Report on the working of the Ranchi Indian Mental Hospital, Kanke, in Bihar and Orissa - 1930-1940
Year: 1930
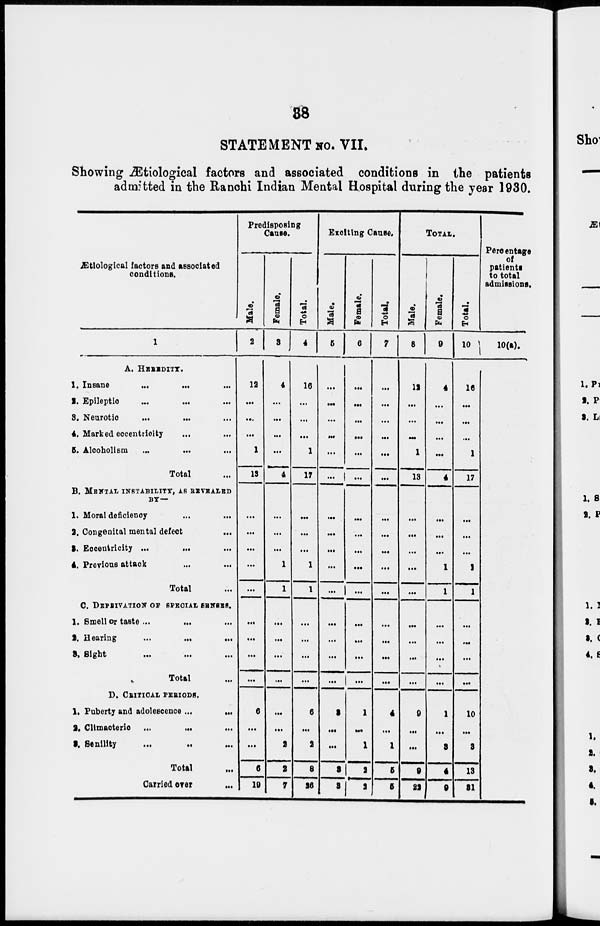
38
STATEMENT No. VII.
Showing Ætiological factors and associated conditions in the patients
admitted in the Ranchi Indian Mental Hospital during the year 1930.
Ætiological factors and associated
conditions.
1
A. HERIDITY.
1. Insane
...
...
...
2. Epileptic ... ... ...
3. Neurotic ... ... ...
4. Marked eccentricity ... ...
5. Alcoholism
...
...
...
Total ...
B. MENTAL INSTABILITY, AS REVEALED
BY —
1. Moral deficiency
...
...
2. Congenital mental defect ...
3. Eccentricity ...
... ...
4. Previous attack
...
...
Total ...
C. DEPRIVATION OF SPECIAL SENSES.
1. Smell or taste ...
... ...
2. Hearing
...
... ...
3. Sight
...
...
...
Total ...
D. CRITICAL PERIODS.
1. Puberty and adolescence ...
...
2. Climacteric
...
...
...
3. Senility ... ... ...
Total ...
Carried over
...
Predisposing
Cause.
Male.
2
12
...
...
...
1
13
...
...
...
...
...
...
...
...
...
6
...
...
6
19
Female.
3
4
...
...
...
...
4
...
...
...
1
1
...
...
...
...
...
...
2
2
7
Total.
4
16
...
...
...
1
17
...
...
...
1
1
...
...
...
...
6
...
2
8
26
Exciting Cause.
Male.
5
...
...
...
...
...
...
...
...
...
...
...
...
...
...
...
3
...
...
3
3
Female.
6
...
...
...
...
...
...
...
...
...
...
...
...
...
...
...
1
...
1
2
2
Total.
7
...
...
...
...
...
...
...
...
...
...
...
...
...
...
...
4
...
1
5
5
TOTAL.
Male.
8
12
...
...
...
1
13
...
...
...
...
...
...
...
...
...
9
...
...
9
22
Female.
9
4
...
...
...
...
4
...
...
...
1
1
...
...
...
...
1
...
3
4
9
Total.
10
16
...
...
...
1
17
...
...
...
1
1
...
...
...
...
10
...
3
13
31
Percentage
of
patients
to total
admissions.
10(a).